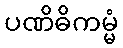
ပဏိဓိကမ္မံ